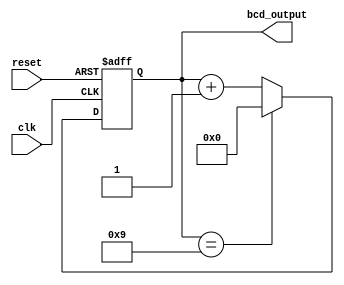
module bcd_counter (
    input wire clk,
    input wire reset,
    output reg [3:0] bcd_output
);

reg [3:0] count;

always @ (posedge clk or posedge reset)
begin
    if (reset)
        count <= 4'd0;
    else if (count == 4'd9)
        count <= 4'd0;
    else
        count <= count + 1;
end

assign bcd_output = count;

endmodule